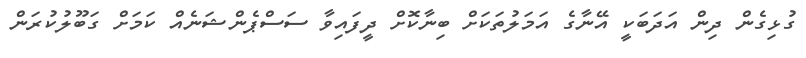
ގުޅިގެން ދިން އަދަބަކީ އޭނާގެ އަމަލުތަކަށް ބިނާކޮށް ދީފައިވާ ސަސްޕެންޝަނެއް ކަމަށް ގަބޫލުކުރަން